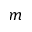
m